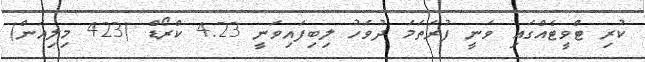
ކުރި ޓްވީޓެއްގައި ވަނީ ފުރަތަމަ ދުވަހު ލިބިފައިވަނީ 4.23 ކްރޯޑް (423 މިލިއަން)